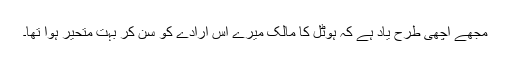
مجھے اچھی طرح یاد ہے کہ ہوٹل کا مالک میرے اس ارادے کو سن کر بہت متحیر ہوا تھا۔